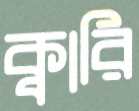
ক্বারি